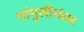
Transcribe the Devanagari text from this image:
गांगुलीनंतर